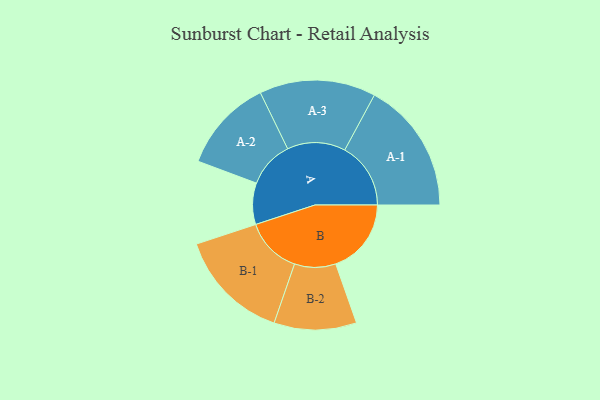
{"axis": {"x": "Segment", "y": "Value"}, "legend": ["", "A", "B"], "data": [{"x": "A", "y": 186, "type": ""}, {"x": "B", "y": 339, "type": ""}, {"x": "A-1", "y": 296, "type": "A"}, {"x": "A-2", "y": 209, "type": "A"}, {"x": "A-3", "y": 261, "type": "A"}, {"x": "B-1", "y": 253, "type": "B"}, {"x": "B-2", "y": 185, "type": "B"}]}